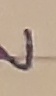
Text: IN